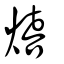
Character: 熺